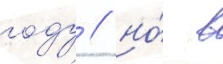
году / но́ в